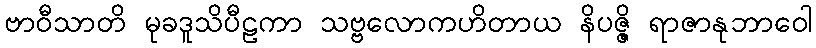
ဗာဝီသာတိ မုခဒူသိပီဠကာ သဗ္ဗလောကဟိတာယ နိပဇ္ဇိ ရာဇာနုဘာဝေါ